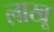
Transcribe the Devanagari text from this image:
लाखू